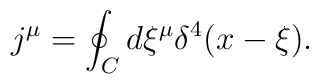
j^\mu=\oint_C d\xi^\mu\delta^4(x - \xi) .